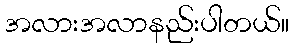
အလားအလာနည်းပါတယ်။